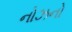
નોઝનો